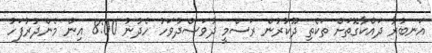
އަނބުރާ ދައްކާގޮތަށް ތަކެތި ދޫކުރުން ރަސްމީ ދުވަސްދުވަހު ހެދުނު 8:00 އިން މެންދުރުފަހު